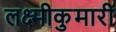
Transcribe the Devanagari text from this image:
लक्ष्मीकुमारी